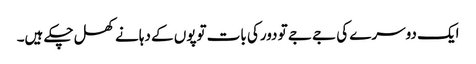
ایک دوسرے کی جے جے تو دورکی بات توپوں کے دہانے کھل چکے ہیں۔